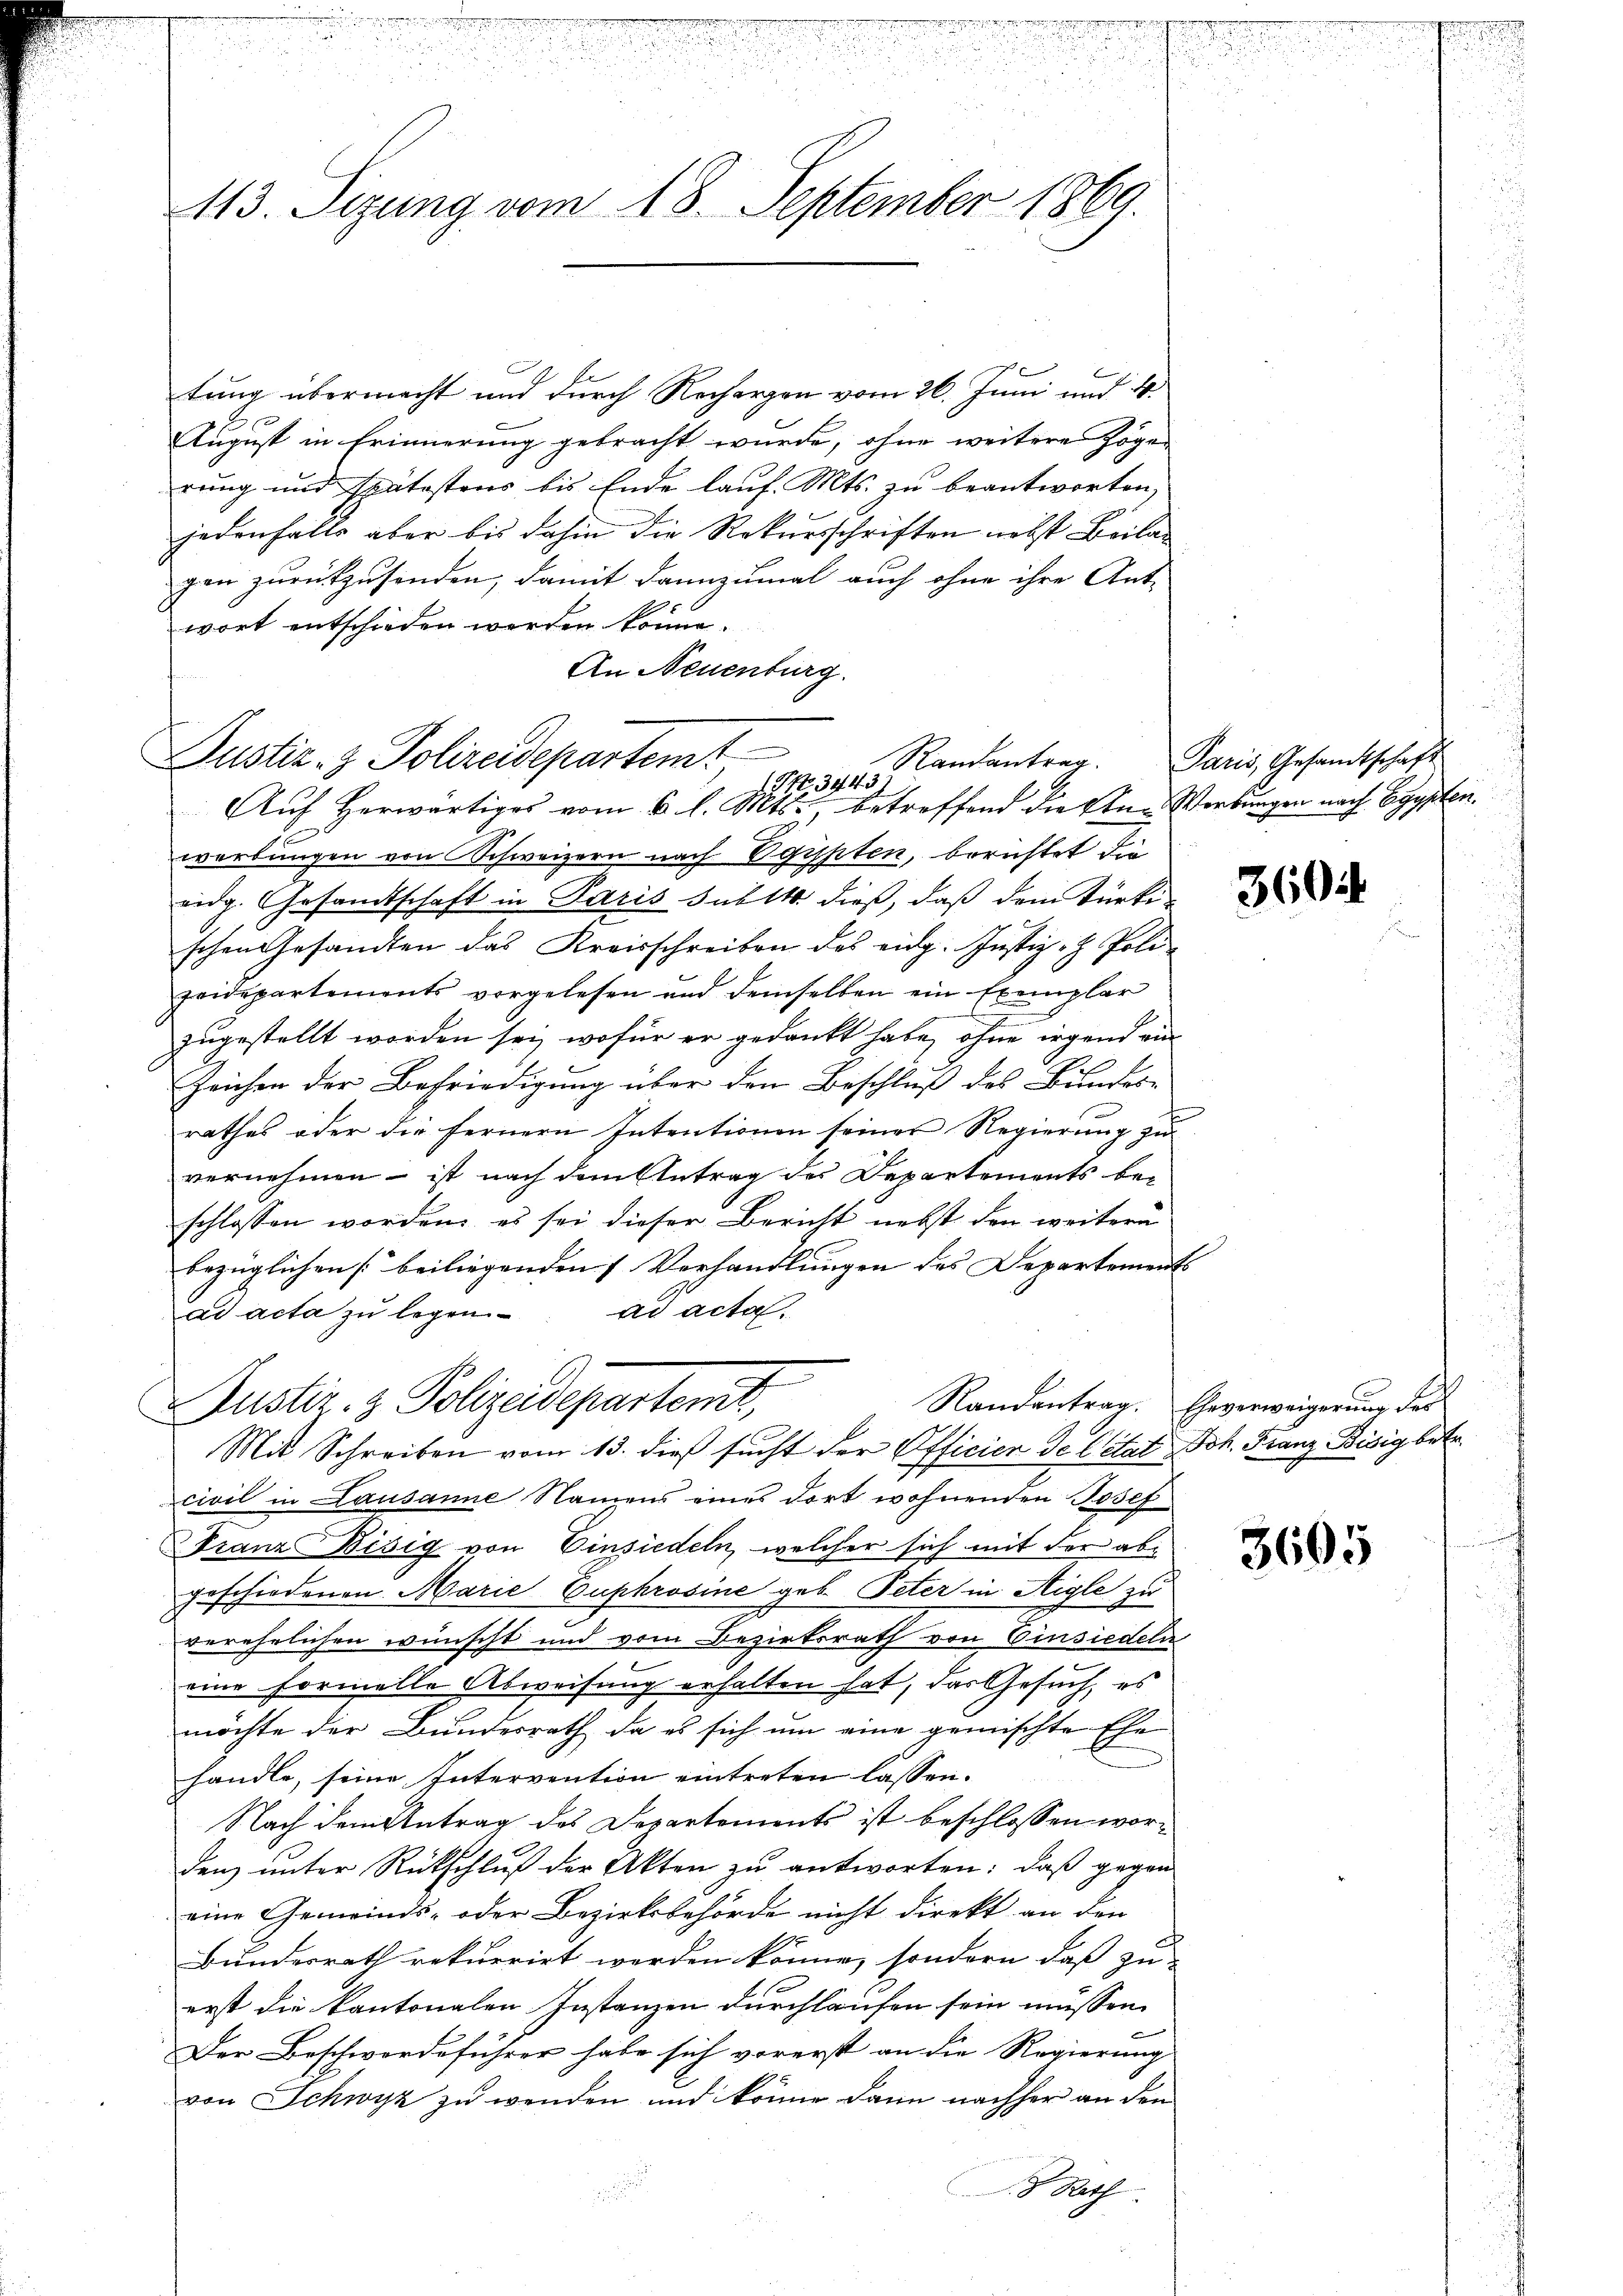
113. Sizung vom 18. September 1869.

tung übermacht und durch Rechargen vom 26. Juni und d
August in Erinnerung gebracht wurde, ohne weitere Zögerung und spätestens bis Ende lauf. Mts. zu beantworten,
jedenfalls aber bis dahin die Rekursschriften nebst Beilagen zurückzusenden, damit dannzumal auch ohne ihre Ant-
wort entschieden werden könne.
An Neuenburg.
Auf herwärtiges vom 6 l. Mts., betreffend die Eine Werbungen nach Egypten.
werbungen von Schweizern nach Egypten, berichtet die
eidg. Gesandtschaft in Paris sub 14 dieß, daß dem Türke
schen Gesandten das Kreisschreiben des eidg. Justiz- & Polizeidepartements vorgelesen und demselben ein Exemplar
zugestellt worden sei, wofür er gedankt habe, ohne irgend ein
Zeichen der Befriedigung über den Beschluß des Bundesrathes oder die fernern Intentionen seiner Regierung zu
vernehmen – ist nach dem Antrag des Departements bei
schlossen worden, es sei dieser Bericht nebst den weitere
bezüglichen [beiliegenden Verhandlungen des Departements |
ad acta zu legen ad acta
Justiz- & Polizeidepartemit,
Randantrag. Eheverweigerung des
Mit Schreiben vom 13. dieß sucht der Officier de letzt Joh. Franz Bisig betr
civil in Lausanne Namens eines dort wohnenden Josef
Franz Wisig von Einsiedeln, welcher sich mit der abgeschiedenen Marie Euphrosine geb. Peter in Aigle zu
verehelichen wünscht und vom Bezirksrath von Einsiedeln
eine Formelle Abweisung erhalten hat, das Gesuch, es
möchte der Bundesrath, da es sich um eine gemischte Ehe
handle, seine Intervention eintreten lassen.
Nach dem Antrag des Departements ist beschlossen worden unter Rückschluß der Akten zu antworten: daß gegen
eine Gemeinds- oder Bezirksbehörde nicht direkt an den
Bundesrath rekurrirt werden könne, sondern daß zu-
erst die kantonalen Instanzen durchlaufen sein müssen.
Der Beschwerdeführer habe sich vorerst an die Regierung
von Schwyz zu wenden und könne dann nachher an den
8 Rath

Justiz- & Polizeidepartemt
Randantrag.
1TNo. 3443

Paris, Gesandtschaft

360

3605